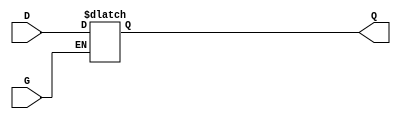
module level_sensitive_gated_latch (
    input wire D,   // Data Input
    input wire G,   // Gate Control
    output reg Q    // Data Output
);

// Always block to implement the latch behavior
always @(*) begin
    if (G) begin
        // When G is active, Q follows D
        Q = D;
    end
    // When G is inactive, Q holds its last value
end

endmodule